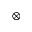
\otimes